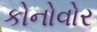
કોનોવોર